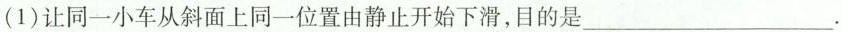
(1)让同一小车从斜面上同一位置由静止开始下滑，目的是___.